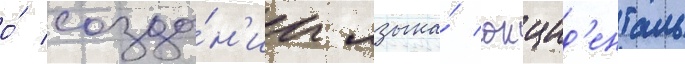
о́ созда́н'ии языка́ окцид'енталь